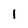
Character: 1